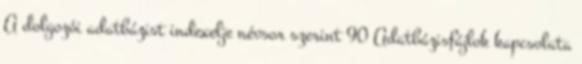
A dolgozói adatbázist indexelje névsor szerint 90 Adatbázisfájlok kapcsolata